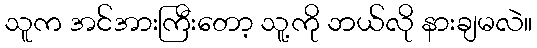
သူက အင်အားကြီးတော့ သူ့ကို ဘယ်လို နားချမလဲ။